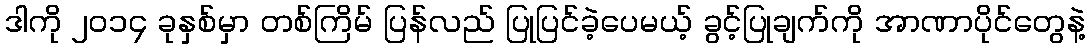
ဒါကို ၂၀၁၄ ခုနှစ်မှာ တစ်ကြိမ် ပြန်လည် ပြုပြင်ခဲ့ပေမယ့် ခွင့်ပြုချက်ကို အာဏာပိုင်တွေနဲ့